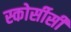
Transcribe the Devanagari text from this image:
स्कोर्सीसी